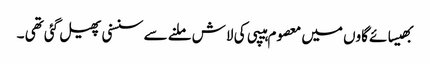
بھیسائے گاوں میں معصوم ہیپی کی لاش ملنے سے سنسنی پھیل گئی تھی ۔